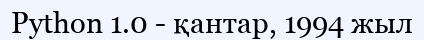
Python 1.0 - қантар, 1994 жыл